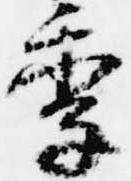
季